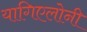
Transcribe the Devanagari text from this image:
यागिएलोनी